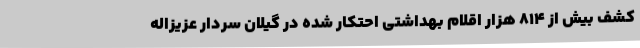
کشف بیش از 814 هزار اقلام بهداشتی احتکار شده در گیلان سردار عزیزاله